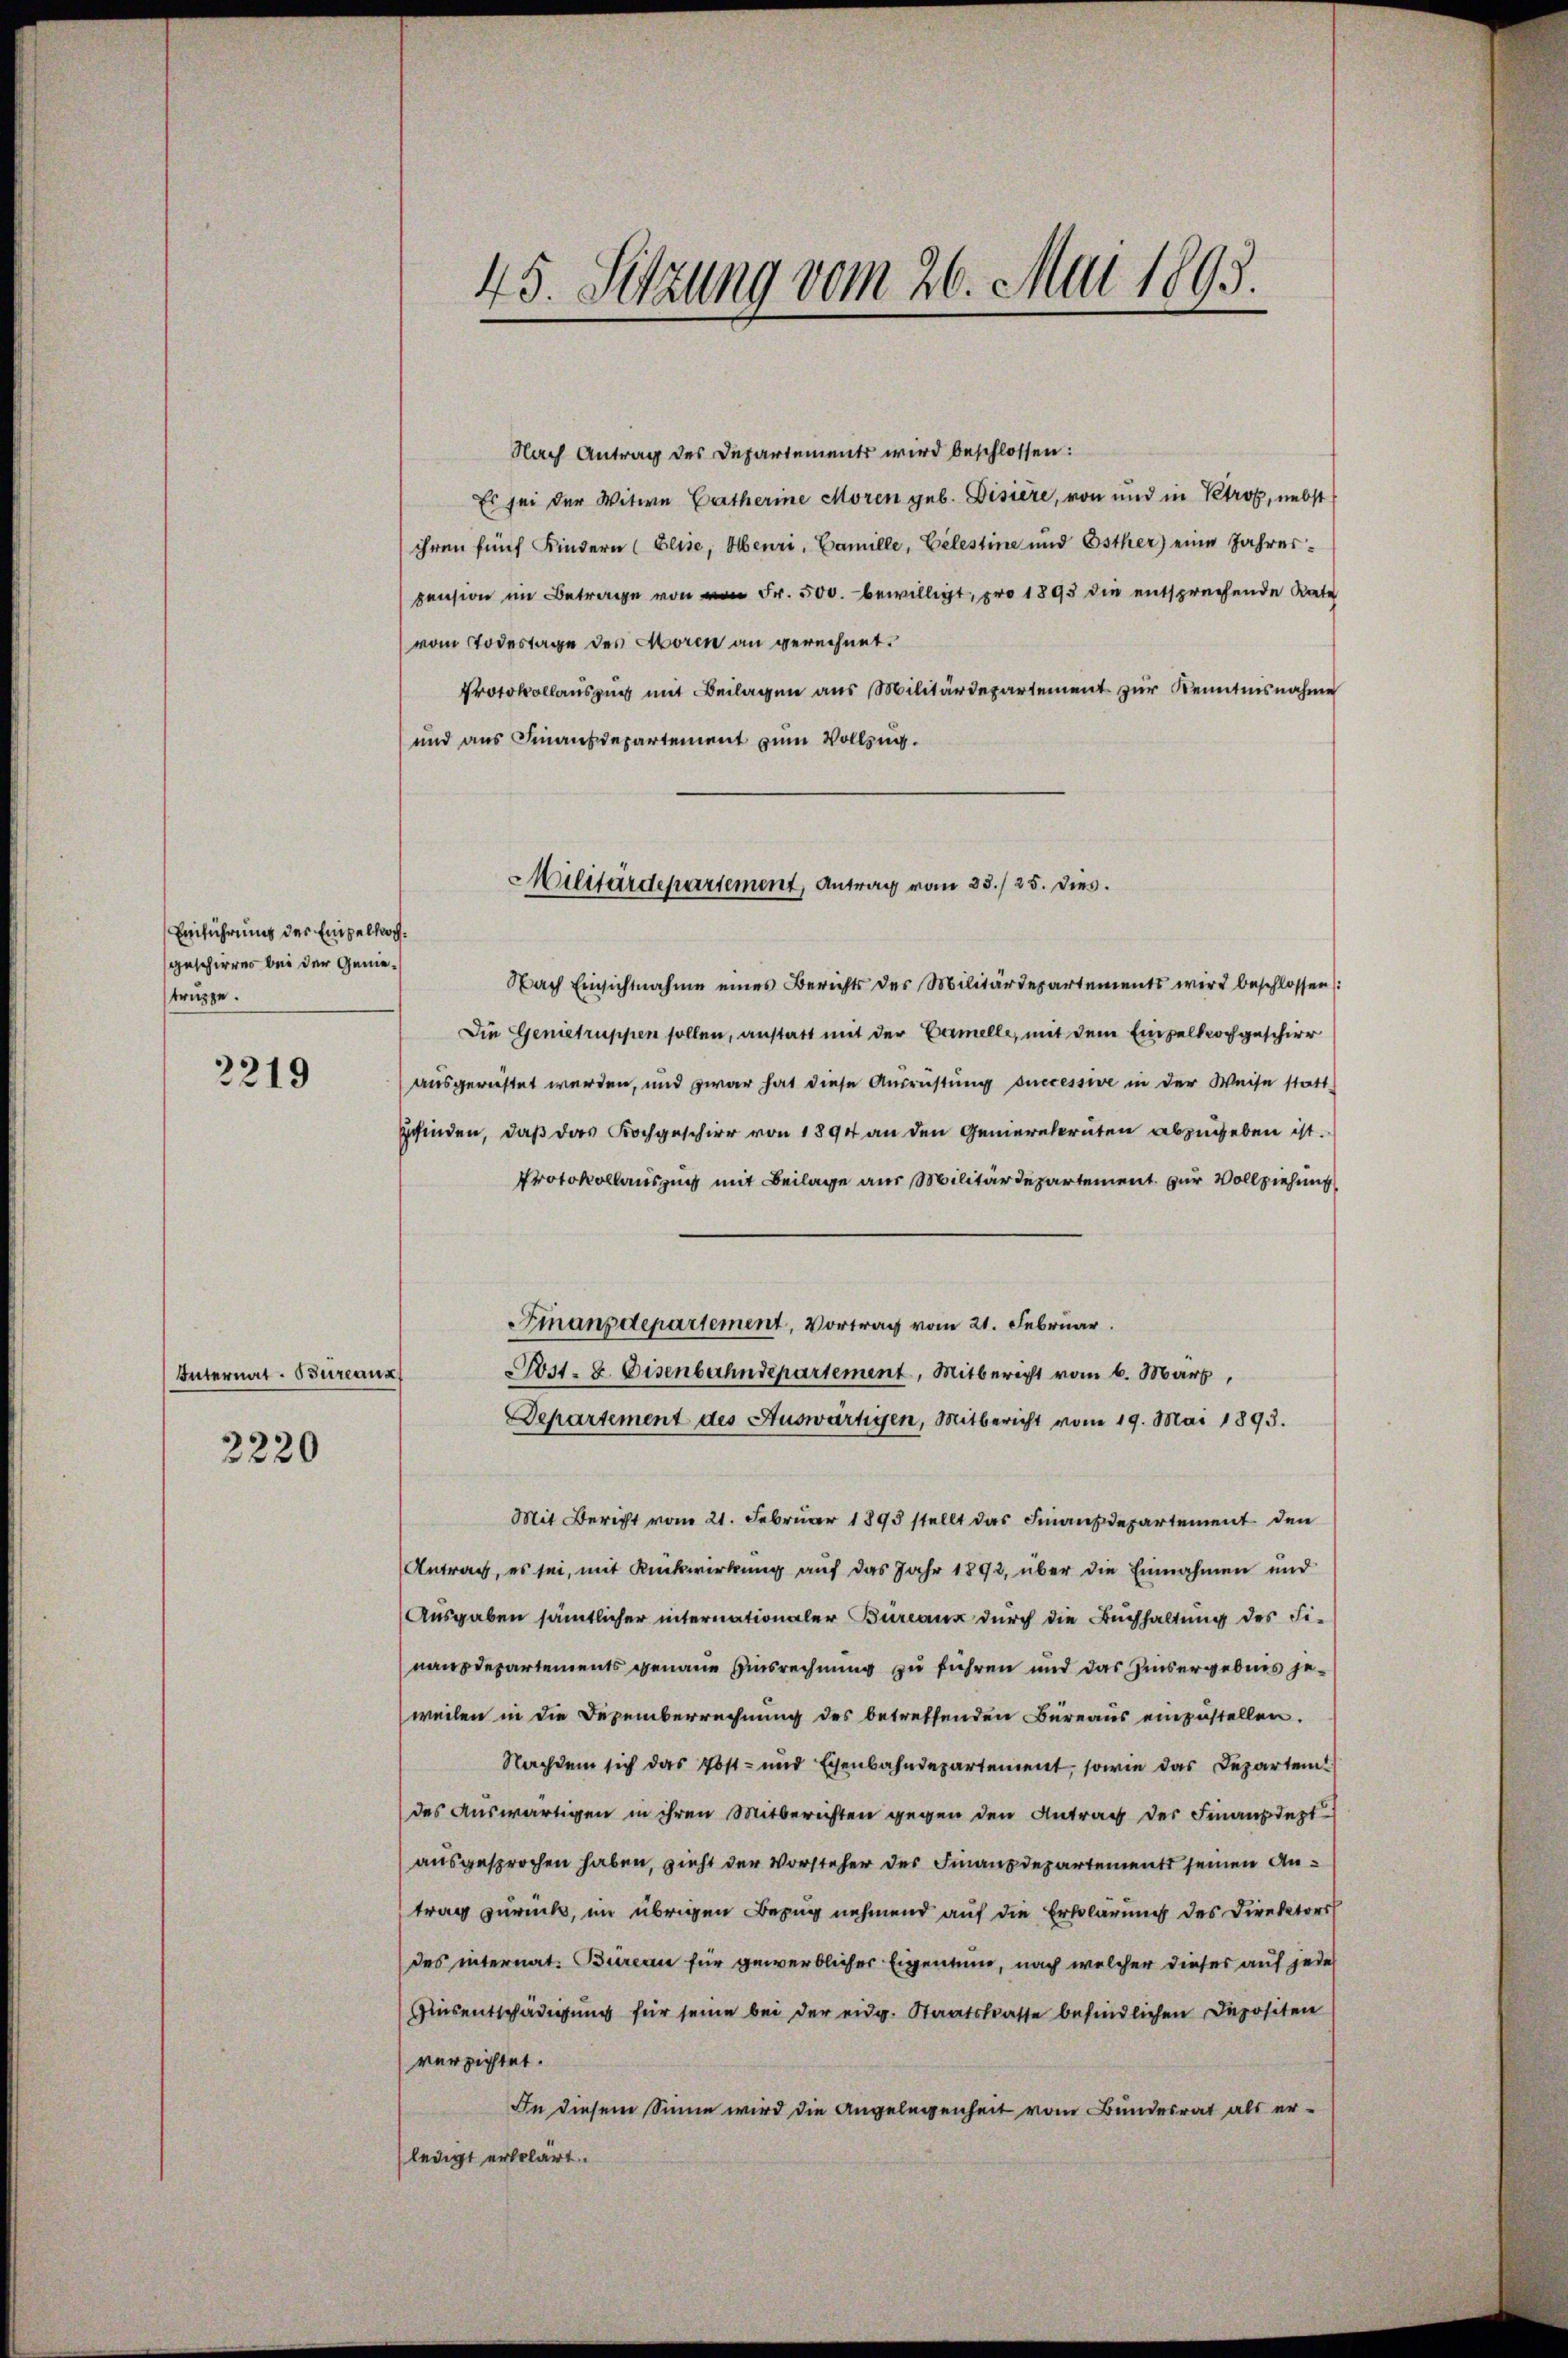
Einführung der Empelhochgeschirren bei der Genietruppe.

3219

Internat. Büreaux

2220

45. Sitzung vom 26. Mai 1893.

Nach Antrag des Departements wird beschlossen:
Es sei der Witwe Bartherine Moren geb. Disiere, von und in Petros, nebst
ihren fünf Kindern (Elise, Oberri, Camille, Celestine und Esther) eine Jahrespension im Betrage von Fr. 500. bewilligt, pro 1893 die entsprechende Kate
vom Todestage des Moren an gerechnet.
Protokollauszug mit Beilagen aus Militärdepartement zur Kenntnisnahme
und aus Finanzdepartement zum Vollzug.
Nach Einsichtnahme eines Berichts der Militärdepartements wird beschlossen):
Die Genietruppen sollen, anstatt mit der Carmelle, mit dem Empelkochgeschier
ausgerichtet werden, und zwar hat diese Ausrüstung successive in der Weise stattgefinden, daß das Kochgeschirr von 1894 an den Genierekruten abzugeben ist.
Protokollauszug mit Beilage aus Militärdepartement zur Vollziehung
Finanzdepartement, Vortrag vom 21. Februar.
Post- u. Eisenbahndepartement, Mitbericht vom 6. März,
Departement des Auswärtigen, Mitbericht vom 19. Mai 1893.
Mit Bericht vom 21. Februar 1893 stellt das Finanzdepartement den
Antrag, es sei, mit Rückwirkung auf das Jahr 1892, über die Einnahmen und
Ausgaben sämtlicher internationaler Bureaux durch die Buchhaltung des Fi-
nanzdepartements genaue Einsrechnung zu führen und das Zinsergebens jeweilen in die Dezemberrechnung des betreffenden Büreaus einzustellen.
Nachdem sich das Est- und Exenbahndepartement, sowie das Departem
des Auswärtigen in ihren Mitberichten gegen den Antrag der Finanzdept
ausgesprochen haben, zieht der Vorsteher des Finanzdepartement seinen Antrag zurück, im übrigen Bezug nehmend auf die Erklärung des Direktors
des internat. Büreau für gewerblicher Eigentum, nach welcher dieses auf jede
Ginsentschädigung für seine bei der eidg. Staatskaste befindlichen Depositen
verzichtet.
In diesem Sinne wird die Angelegenheit vom Bundesrat als er¬
(ledigt erklärt.

Militärdepartement, Antrag vom 23./25. dies.